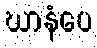
ဃာနံပေ